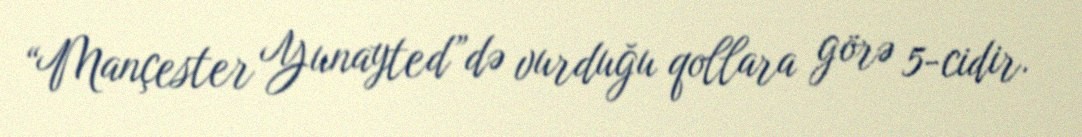
“Mançester Yunayted”də vurduğu qollara görə 5-cidir.